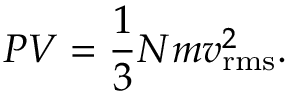
P V = { \frac { 1 } { 3 } } N m v _ { \mathrm { r m s } } ^ { 2 } .